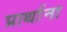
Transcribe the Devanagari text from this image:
प्रार्थाना